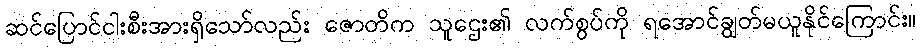
ဆင်ပြောင်ငါးစီးအားရှိသော်လည်း ဇောတိက သူဌေး၏ လက်စွပ်ကို ရအောင်ချွတ်မယူနိုင်ကြောင်း။